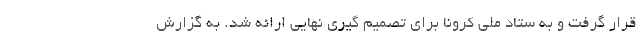
قرار گرفت و به ستاد ملی کرونا برای تصمیم گیری نهایی ارائه شد. به گزارش